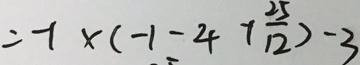
= 1 \times ( - 1 - 4 + \frac { 2 5 } { 1 2 } ) - 3